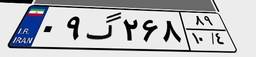
۰۹گ۲۶۸۸۹